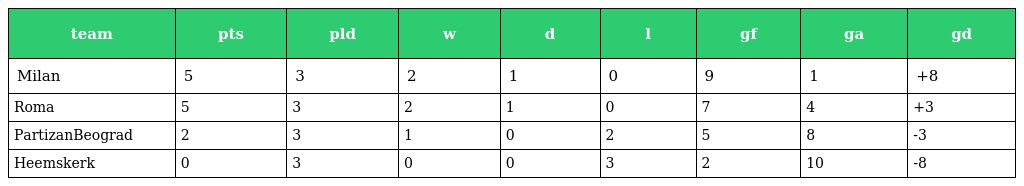
| team | pts | pld | w | d | l | gf | ga | gd |
 | --- | --- | --- | --- | --- | --- | --- | --- | --- |
 | Milan | 5 | 3 | 2 | 1 | 0 | 9 | 1 | +8 |
 | Roma | 5 | 3 | 2 | 1 | 0 | 7 | 4 | +3 |
 | PartizanBeograd | 2 | 3 | 1 | 0 | 2 | 5 | 8 | -3 |
 | Heemskerk | 0 | 3 | 0 | 0 | 3 | 2 | 10 | -8 |